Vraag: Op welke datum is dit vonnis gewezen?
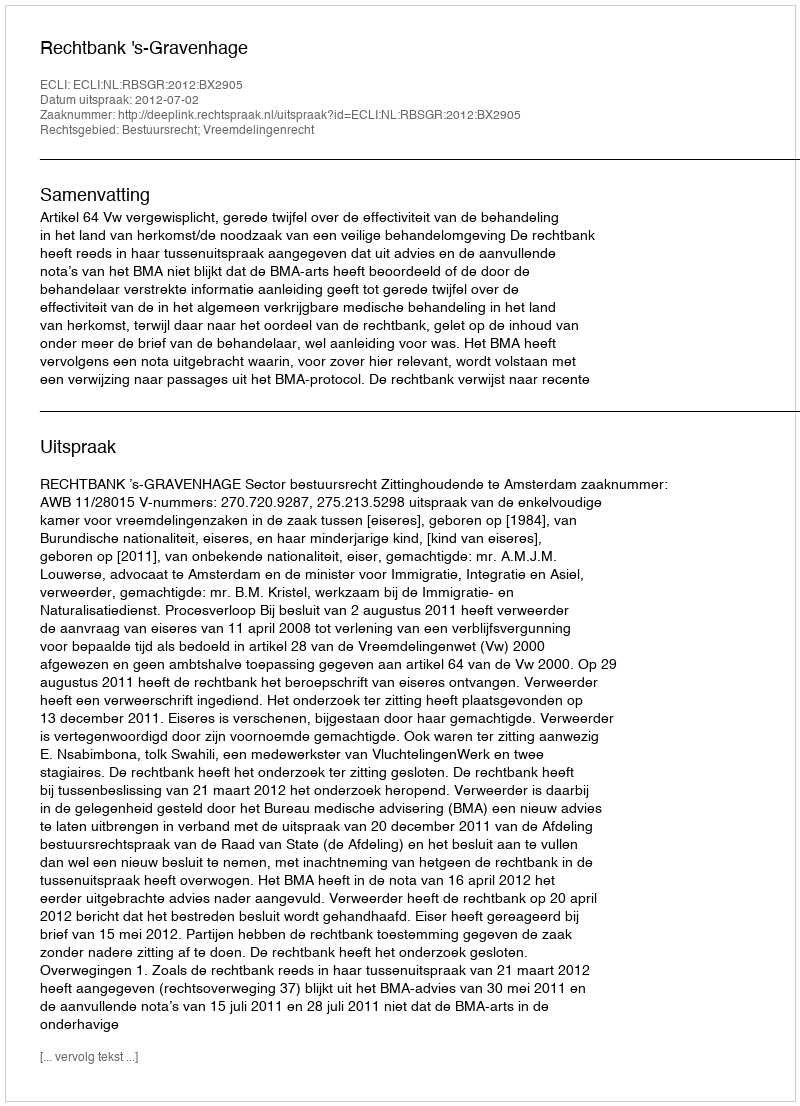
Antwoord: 2012-07-02